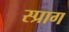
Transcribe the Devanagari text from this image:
स्प्राग